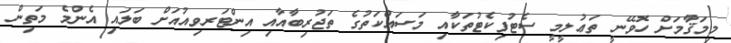
މިމަޤާމަށް ހޮވޭނީ ތަޢުލީމީ ސެޓުފިކެޓުތަކާއި މަސައްކަތުގެ ތަޖުރިބާއާއި އިންޓަރވިއުއަށް ބަލައި އެންމެ މަތިން